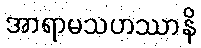
အာရာမသဟဿာနိ